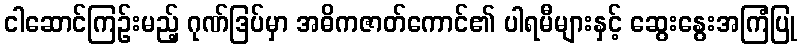
ငါဆောင်ကြဉ်းမည့် ဂုဏ်ဒြပ်မှာ အဓိကဇာတ်ကောင်၏ ပါရမီများနှင့် ဆွေးနွေးအကြံပြု